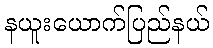
နယူးယောက်ပြည်နယ်